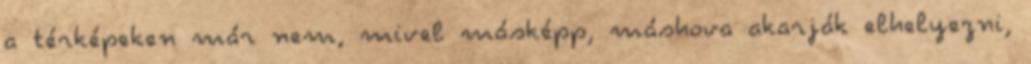
a térképeken már nem, mivel másképp, máshova akarják elhelyezni,